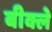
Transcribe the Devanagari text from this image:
बीक्ले